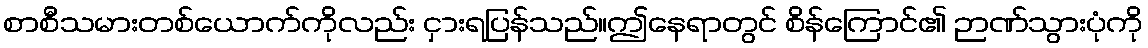
စာစီသမားတစ်ယောက်ကိုလည်း ငှားရပြန်သည်။ဤနေရာတွင် စိန်ကြောင်၏ ဉာဏ်သွားပုံကို